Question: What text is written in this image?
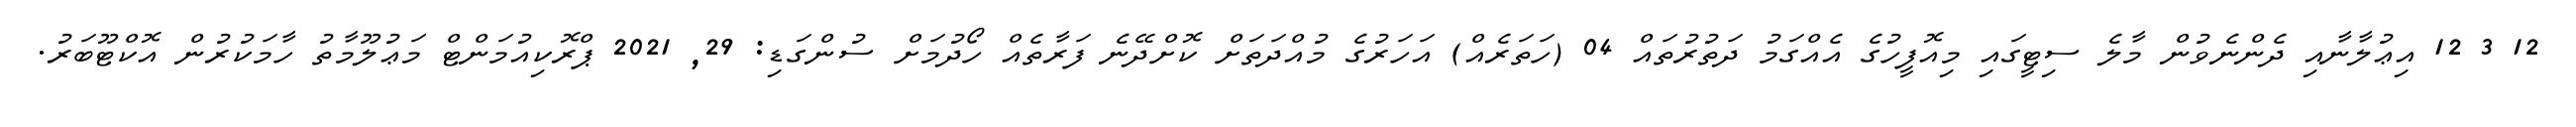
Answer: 12 3 12 އިޢުލާނާއި ދެންނެވުން މާލެ ސިޓީގައި މިއޮފީހުގެ އެއްގަމު ދަތުރުތައް 04 (ހަތަރެއް) އަހަރުގެ މުއްދަތަށް ކޮށްދޭނެ ފަރާތެއް ހޯދުމަށް ސުންގަޑި: 29, 2021 ޕްރޮކިއުމަންޓް މަޢުލޫމާތު ހާމަކުރުން އޮކްޓޫބަރު.